Annual administration report of the Civil Veterinary Department of India - 1892-1893
Year: 1892
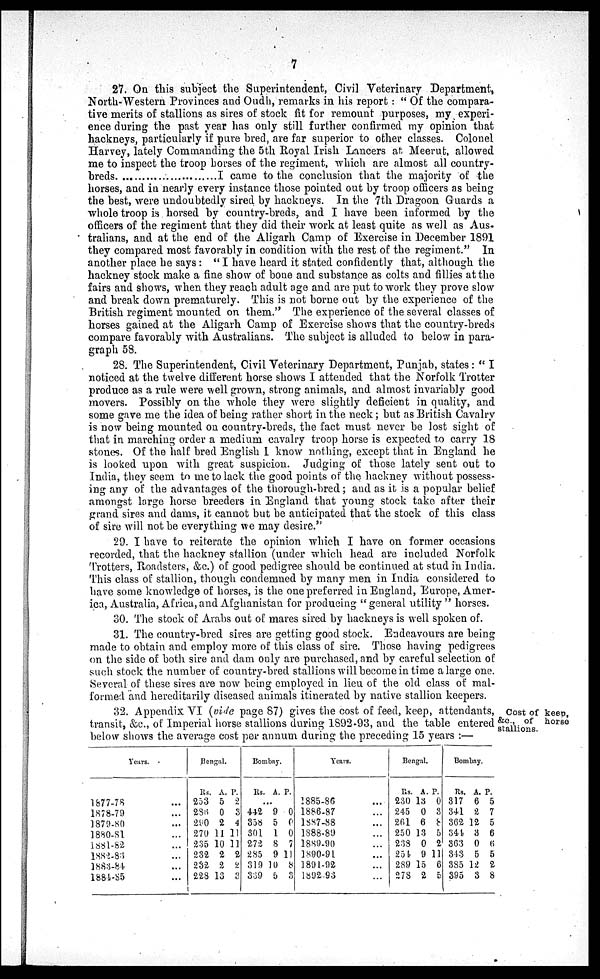
7
27. On this subject the Superintendent, Civil Veterinary Department,
North-Western Provinces and Oudh, remarks in his report: "Of the compara-
tive merits of stallions as sires of stock fit for remount purposes, my experi-
ence during the past year has only still further confirmed my opinion that
hackneys, particularly if pure bred, are far superior to other classes. Colonel
Harvey, lately Commanding the 5th Royal Irish Lancers at Meerut, allowed
me to inspect the troop horses of the regiment, which are almost all country-
breds
I came to the conclusion that the majority of the
horses, and in nearly every instance those pointed out by troop officers as being
the best, were undoubtedly sired by hackneys. In the 7th Dragoon Guards a
whole troop is horsed by country-breds, and I have been informed by the
officers of the regiment that they did their work at least quite as well as Aus-
tralians, and at the end of the Aligarh Camp of Exercise in December 1891
they compared most favorably in condition with the rest of the regiment." In
another place he says: "I have heard it stated confidently that, although the
hackney stock make a fine show of bone and substance as colts and fillies at the
fairs and shows, when they reach adult age and are put to work they prove slow
and break down prematurely. This is not borne out by the experience of the
British regiment mounted on them." The experience of the several classes of
horses gained at the Aligarh Camp of Exercise shows that the country-breds
compare favorably with Australians. The subject is alluded to below in para-
graph 58.
28. The Superintendent, Civil Veterinary Department, Punjab, states: "I
noticed at the twelve different horse shows I attended that the Norfolk Trotter
produce as a rule were well grown, strong animals, and almost invariably good
movers. Possibly on the whole they were slightly deficient in quality, and
some gave me the idea of being rather short in the neck; but as British Cavalry
is now being mounted on country-breds, the fact must never be lost sight of
that in marching order a medium cavalry troop horse is expected to carry 18
stones. Of the half bred English I know nothing, except that in England he
is looked upon with great suspicion. Judging of those lately sent out to
India, they seem to me to lack the good points of the hackney without possess-
ing any of the advantages of the thorough-bred; and as it is a popular belief
amongst large horse breeders in England that young stock take after their
grand sires and dams, it cannot but be anticipated that the stock of this class
of sire will not be everything we may desire."
29. I have to reiterate the opinion which I have on former occasions
recorded, that the hackney stallion (under which head are included Norfolk
Trotters, Roadsters, &c.) of good pedigree should be continued at stud in India.
This class of stallion, though condemned by many men in India considered to
have some knowledge of horses, is the one preferred in England, Europe, Amer-
ica, Australia, Africa, and Afghanistan for producing "general utility" horses.
30. The stock of Arabs out of mares sired by hackneys is well spoken of.
31. The country-bred sires are getting good stock. Endeavours are being
made to obtain and employ more of this class of sire. Those having pedigrees
on the side of both sire and dam only are purchased, and by careful selection of
such stock the number of country-bred stallions will become in time a large one.
Several of these sires are now being employed in lieu of the old class of mal-
formed and hereditarily diseased animals itinerated by native stallion keepers.
Cost of keep,
&c., of horse
stallions.
32. Appendix VI (vide page 87) gives the cost of feed, keep, attendants,
transit, &c., of Imperial horse stallions during 1892-93, and the table entered
below shows the average cost per annum during the preceding 15 years :—
Years.
1877-78 ...
1878-79 ...
1879-80 ...
1880-81 ...
1881-82 ...
1882-83 ...
1883-84 ...
1884-85 ...
Bengal.
Rs.
253
286
290
270
235
232
232
228
A.
5
0
2
11
10
2
2
13
P.
2
3
4
11
11
2
2
3
Bombay.
Rs. A. P.
...
442
358
301
272
285
319
339
9
5
1
8
9
10
5
0
0
0
7
11
8
3
Years.
1885-86 ...
1886-87 ...
1887-88 ...
1888-89 ...
1889-90 ...
1890-91 ...
1891-92 ...
1892-93 ...
Bengal.
Rs.
230
245
261
250
238
254
289
278
A.
13
0
6
13
0
9
15
2
P.
0
3
8
5
2
11
6
5
Bombay.
Rs.
317
341
362
344
363
343
385
395
A.
6
2
12
3
0
5
12
3
P.
5
7
5
6
6
5
2
8